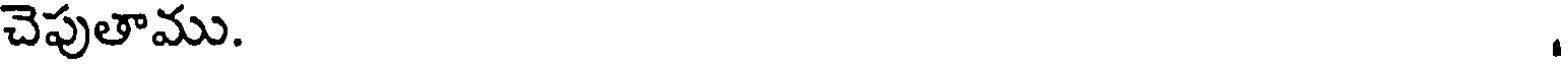
చెపుతాము.